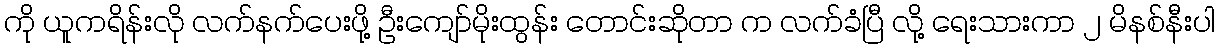
ကို ယူကရိန်းလို လက်နက်ပေးဖို့ ဦးကျော်မိုးထွန်း တောင်းဆိုတာ က လက်ခံပြီ လို့ ရေးသားကာ ၂ မိနစ်နီးပါ